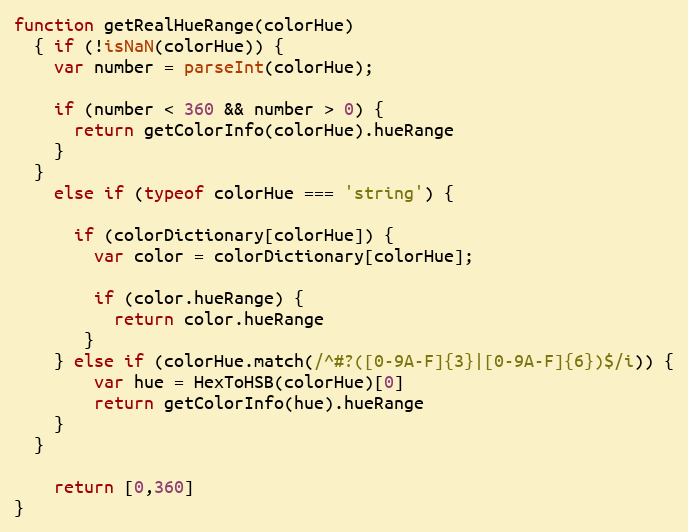
Language: JavaScript
function getRealHueRange(colorHue)
  { if (!isNaN(colorHue)) {
    var number = parseInt(colorHue);

    if (number < 360 && number > 0) {
      return getColorInfo(colorHue).hueRange
    }
  }
    else if (typeof colorHue === 'string') {

      if (colorDictionary[colorHue]) {
        var color = colorDictionary[colorHue];

        if (color.hueRange) {
          return color.hueRange
       }
    } else if (colorHue.match(/^#?([0-9A-F]{3}|[0-9A-F]{6})$/i)) {
        var hue = HexToHSB(colorHue)[0]
        return getColorInfo(hue).hueRange
    }
  }

    return [0,360]
}